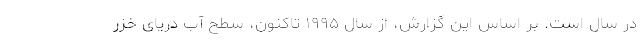
در سال است. بر اساس این گزارش، از سال ۱۹۹۵ تاکنون، سطح آب دریای خزر